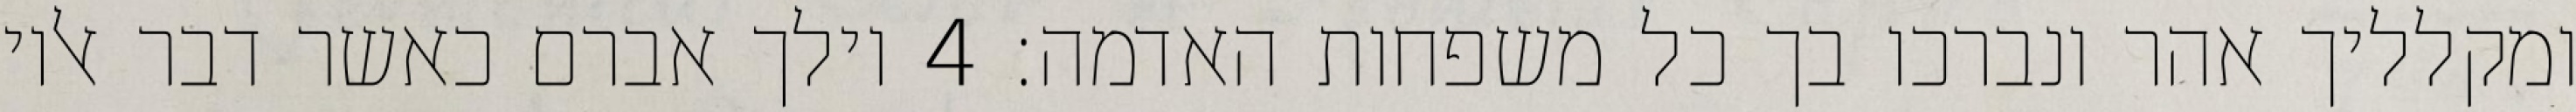
ומקלליך אהר ונברכו בך כל משפחות האדמה׃ ‎4‏ וילך אברם כאשר דבר אליו